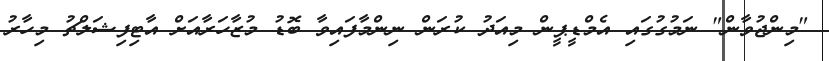
"މިންޖުވާން" ނަމުގުގައި އެމްޑީޕީން މިއަދު ކުރަން ނިންމާފައިވާ ބޮޑު މުޒާހަރާއަށް އާޓިފިޝަލްޗު މިހާރު